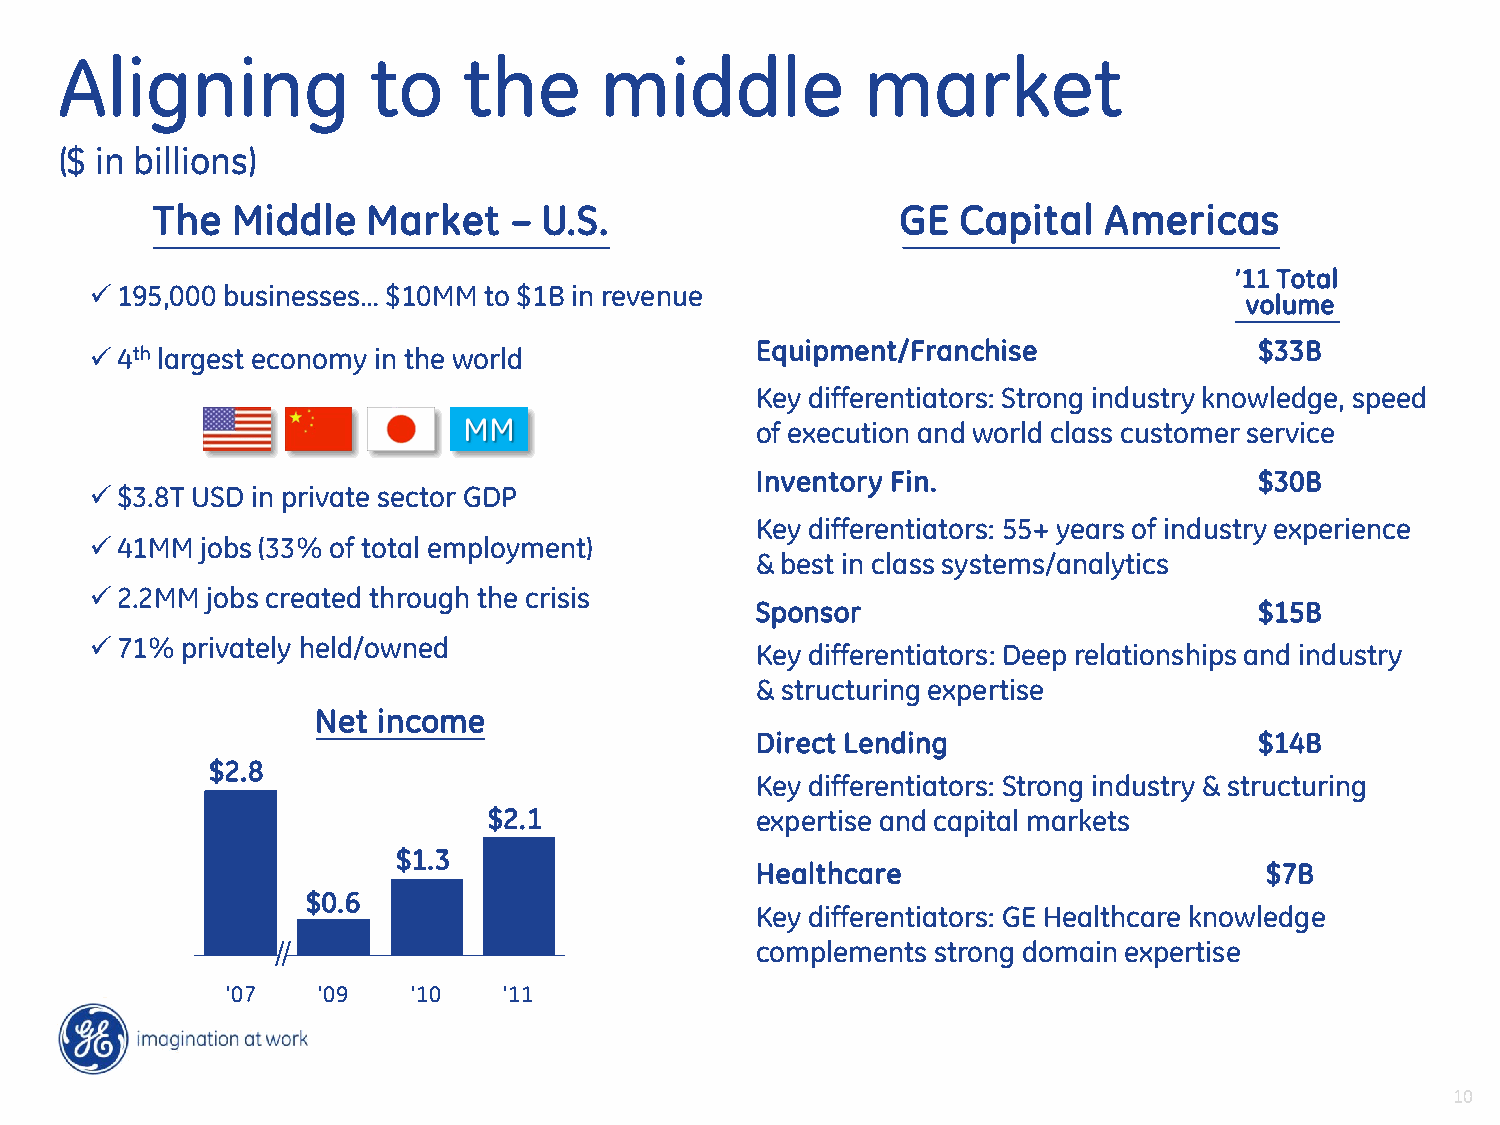
Aligning            to     the      middle           market
 ($ in billions)
 The  Middle   Market    – U.S.                    GE  Capital  Americas
 ’11 Total
 195,000 businesses… $10MM to $1B in revenue
 volume
 Equipment/Franchise              $33B
 4th largest economy in the world
 Key differentiators: Strong industry knowledge, speed
 of execution and world class customer service
 Inventory Fin.                   $30B
 $3.8T USD in private sector GDP
 Key differentiators: 55+ years of industry experience
 41MM  jobs (33% of total employment)
 & best in class systems/analytics
 2.2MM  jobs created through the crisis
 Sponsor                          $15B
 71%  privately held/owned
 Key differentiators: Deep relationships and industry
 & structuring expertise
 Net income
 Direct Lending                   $14B
 $2.8
 Key differentiators: Strong industry & structuring
 $2.1              expertise and capital markets
 $1.3
 Healthcare                        $7B
 $0.6
 Key differentiators: GE Healthcare knowledge
 complements strong domain expertise
 '07   '09   '10   '11
 10